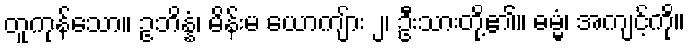
တူကုန်သော။ ဥဘိန္နံ၊ မိန်းမ ယောကျ်ား ၂၊ ဦးသားတို့၏။ ဓမ္မံ၊ အကျင့်ကို။